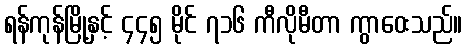
ရန်ကုန်မြို့နှင့် ၄၄၅ မိုင် ၇၁၆ ကီလိုမီတာ ကွာဝေးသည်။